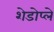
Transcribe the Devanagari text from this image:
शेडोप्ले